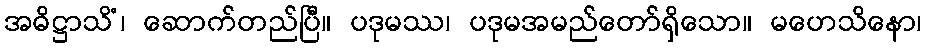
အဓိဋ္ဌာသိံ၊ ဆောက်တည်ပြီ။ ပဒုမဿ၊ ပဒုမအမည်တော်ရှိသော။ မဟေသိနော၊